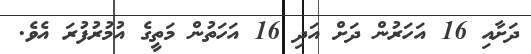
ދަށާއި 16 އަހަރުން ދަށް އަދި 16 އަހަތުން މަތީގެ އުމުރުފުރަ އެވެ.